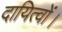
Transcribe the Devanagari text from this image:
दायित्वों।